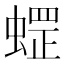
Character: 𱿽